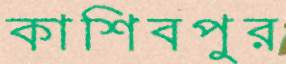
কাশিবপুর